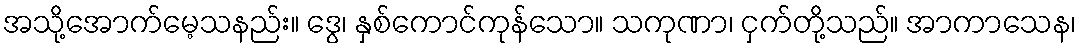
အသို့အောက်မေ့သနည်း။ ဒွေ၊ နှစ်ကောင်ကုန်သော။ သကုဏာ၊ ငှက်တို့သည်။ အာကာသေန၊